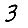
Digit: 3